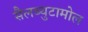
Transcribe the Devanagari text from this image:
सैलब्युटामोल